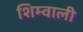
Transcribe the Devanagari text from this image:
शिम्वाली